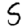
Digit: 5